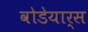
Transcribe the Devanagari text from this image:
वोडेयार्स